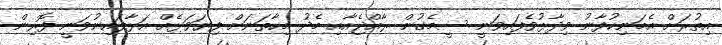
އިތުރަށް އެމަނިކުފާނު ވިދާޅުވެފައިވަނީ ސީމެގުން ރާއްޖެއާއި މެދު މިހާތަނަށް ފިޔަވަޅެއް އަޅާފައިނުވަނީ ފޮރިން